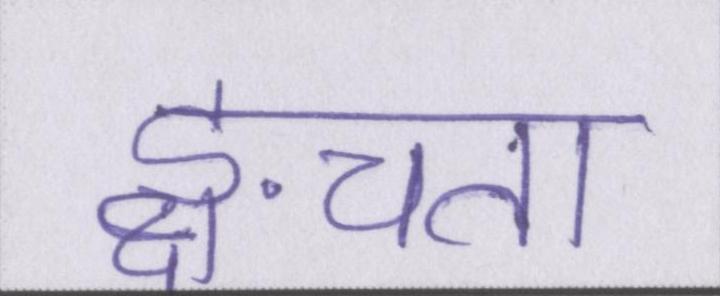
ङ्क्षचता